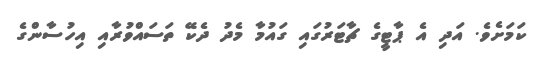
ކަމަށެވެ. އަދި އެ ޕާޓީގެ ޗާޓަރުގައި ގައުމާ މެދު ދެކޭ ތަސައްވުރާއި އިހުސާންގެ